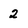
Character: 2